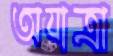
অযাত্রা